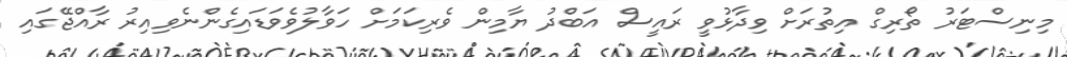
މިނިސްޓަރު ތޯރިގް އިތުރަށް ވިދާޅުވީ ރައީސް އަބްދު ޔާމިން ވެރިކަމަށް ހަވާލުވެވަޑައިގެންނެވިއިރު ރާއްޖޭގައި